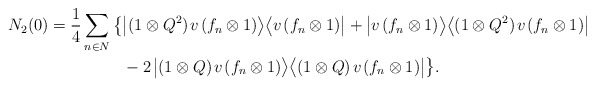
\begin{align*}N_2(0)=\frac14\sum_{n\in N}\big\{&\big|(1\otimes Q^2)\;\!v\;\!(f_n\otimes1)\big\rangle\big\langle v\;\!(f_n\otimes1)\big|+\big|v\;\!(f_n\otimes1)\big\rangle\big\langle(1\otimes Q^2)\;\!v\;\!(f_n\otimes1)\big|\\&-2\;\!\big|(1\otimes Q)\;\!v\;\!(f_n\otimes1)\big\rangle\big\langle(1\otimes Q)\;\!v\;\!(f_n\otimes1)\big|\big\}.\end{align*}